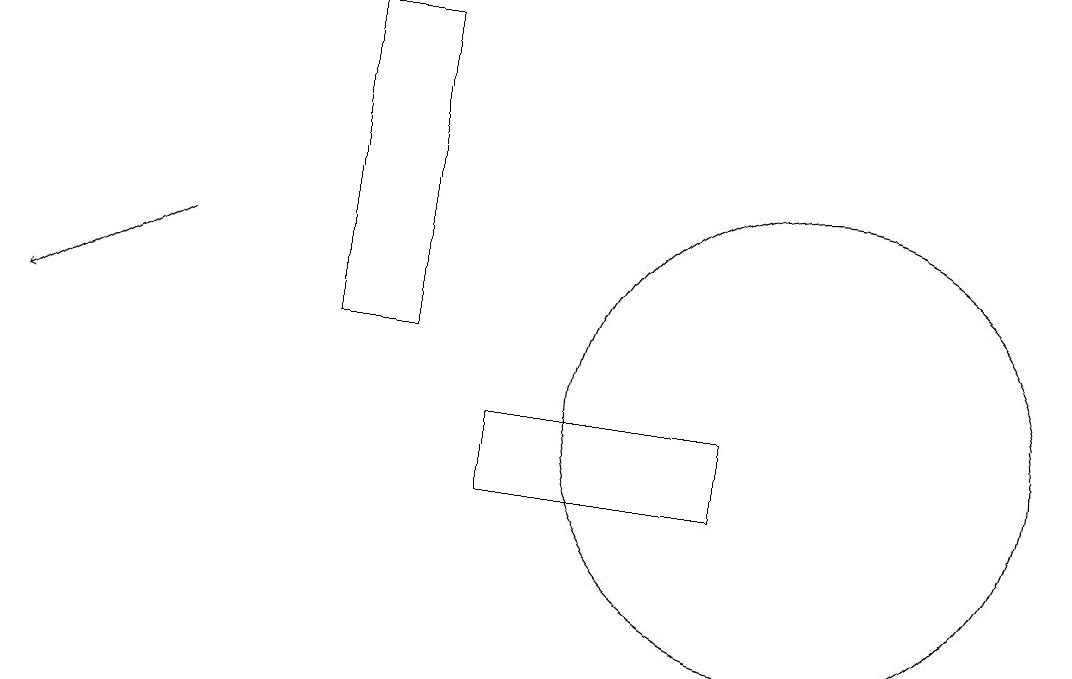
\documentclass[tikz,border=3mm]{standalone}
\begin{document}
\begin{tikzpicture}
\draw[->] (2,14) -- (0,13);
\draw (6,12) rectangle (9,11);
\draw (10,12) circle (3);
\draw (5,17) rectangle (4,13);
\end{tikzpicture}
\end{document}